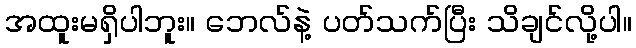
အထူးမရှိပါဘူး။ ဘေလ်နဲ့ ပတ်သက်ပြီး သိချင်လို့ပါ။